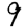
Digit: 9